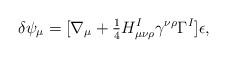
LaTeX: \begin{align*}\delta\psi_\mu=[\nabla_\mu+{\textstyle{1\over4}}H_{\mu\nu\rho}^I\gamma^{\nu\rho} \Gamma^I]\epsilon,\end{align*}